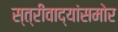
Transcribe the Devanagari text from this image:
स्त्रीवाद्यांसमोर